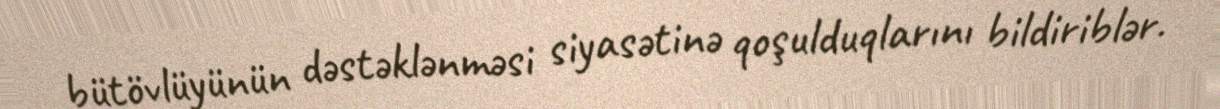
bütövlüyünün dəstəklənməsi siyasətinə qoşulduqlarını bildiriblər.